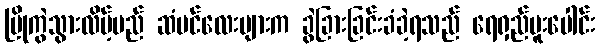
ပြိုကွဲသွားလိမ့်မည် ဆံပင်လေးများက ခွဲခြားခြင်းခံခဲ့ရသည် ရေရှည်ပူးပေါင်း